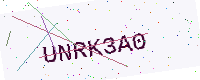
Text: UNRK3A0